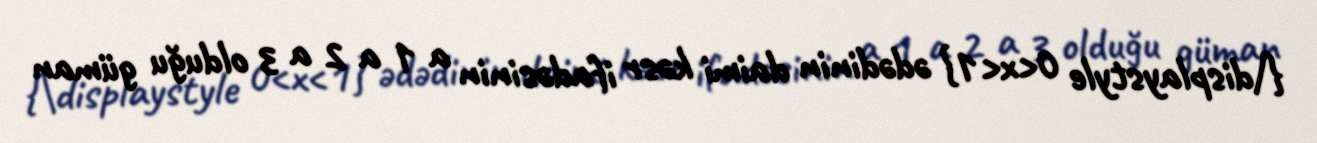
{\displaystyle 0<x<1} ədədinin daimi kəsr ifadəsinin a 1 a 2 a 3 olduğu güman